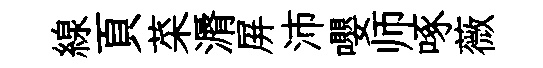
線頁菜漘屏沛嚶师啄薇